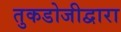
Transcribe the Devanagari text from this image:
तुकडोजीद्वारा